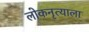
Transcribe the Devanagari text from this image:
लोकनृत्याला